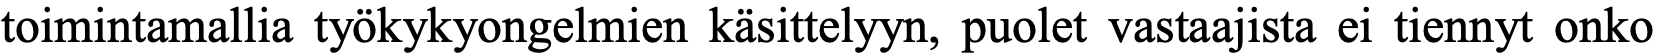
toimintamallia työkykyongelmien käsittelyyn, puolet vastaajista ei tiennyt onko